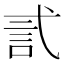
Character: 𰐐